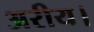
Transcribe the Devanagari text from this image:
अरीय।